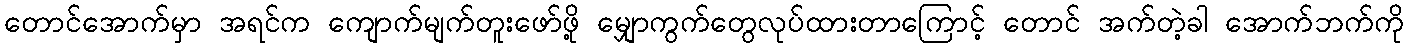
တောင်အောက်မှာ အရင်က ကျောက်မျက်တူးဖော်ဖို့ မျှောကွက်တွေလုပ်ထားတာကြောင့် တောင် အက်တဲ့ခါ အောက်ဘက်ကို